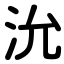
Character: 沇